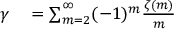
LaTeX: \begin{array} { r l } { \gamma } & { { } = \sum _ { m = 2 } ^ { \infty } ( - 1 ) ^ { m } { \frac { \zeta ( m ) } { m } } } \end{array}